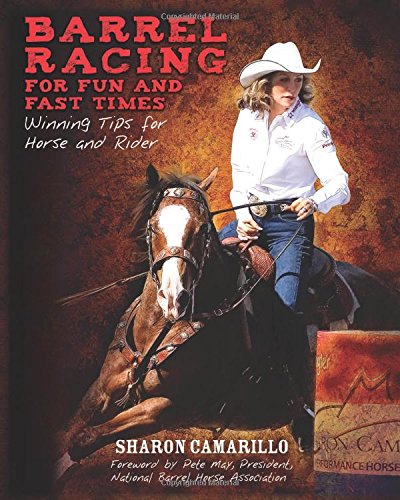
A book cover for Barrel Racing for Fun and Fast Times: Winning Tips for Horse and Rider; Sharon Camarillo; Sports & Outdoors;